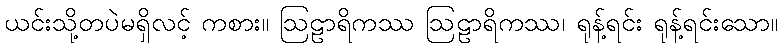
ယင်းသို့တပဲမရှိလင့် ကစား။ ဩဠာရိကဿ ဩဠာရိကဿ၊ ရုန့်ရင်း ရုန့်ရင်းသော။